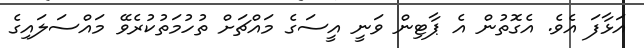
އަޅާފަ އެވެ. އެގޮތުން އެ ޕާޓިން ވަނީ އީސަގެ މައްޗަށް ތުހުމަތުކުރެވޭ މައްސަލައިގެ